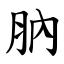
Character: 肭